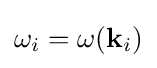
\omega _{i}=\omega (\mathbf {k} _{i})